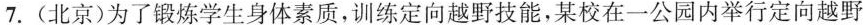
7.(北京)为了锻炼学生身体素质，训练定向越野技能，某校在一公园内举行定向越野